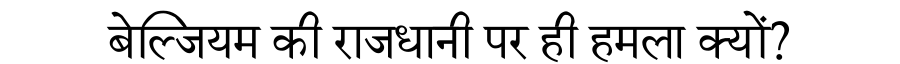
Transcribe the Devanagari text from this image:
बेल्जियम की राजधानी पर ही हमला क्यों?